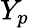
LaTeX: Y_{p}